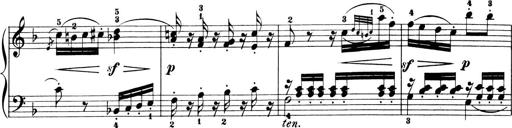
Title: 6 Piano Sonatinas
Composer: Cornelius Gurlitt